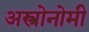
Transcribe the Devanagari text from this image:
अस्त्रोनोमी